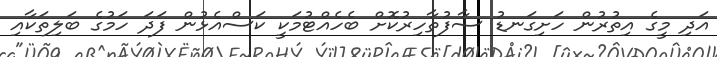
އަދި މީގެ އިތުރުން ހަށިގަނޑު ސާފުތާހިރުކޮށް ބެހެއްޓުމަކީ ކަސްއެޅުން ފަދަ ހަމުގެ ބަލިތަކާއި